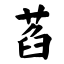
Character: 萏